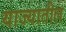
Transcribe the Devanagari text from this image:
याज्यातील